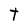
Character: T